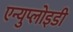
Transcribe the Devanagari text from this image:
एन्युप्लोइडी